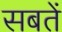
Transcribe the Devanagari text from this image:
सबतें